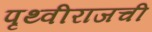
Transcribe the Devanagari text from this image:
पृथ्वीराजची